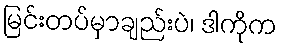
မြင်းတပ်မှာချည်းပဲ၊ ဒါကိုက